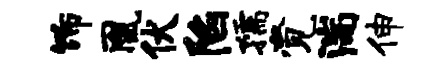
饰凰伏陷孺觉湍伸